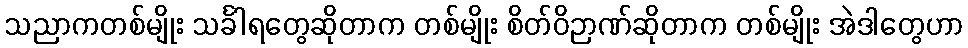
သညာကတစ်မျိုး သင်္ခါရတွေဆိုတာက တစ်မျိုး စိတ်ဝိဉာဏ်ဆိုတာက တစ်မျိုး အဲဒါတွေဟာ